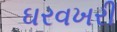
ઘરવખરી